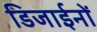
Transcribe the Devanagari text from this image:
डिजाईनों